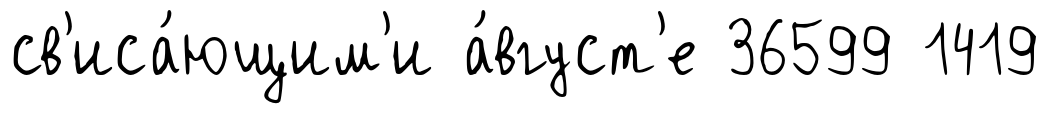
св'иса́ющим'и а́вгуст'е 36599 1419